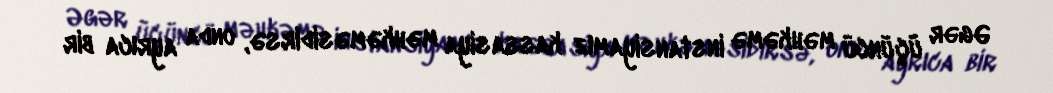
Əgər üçüncü məhkəmə instansiyamız kassasiya məhkəməsidirsə, onda ayrıca bir